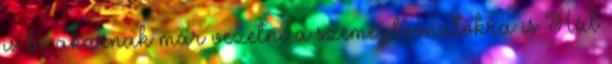
is be akarnak már vezetni a szeméylvonatokra is Hát